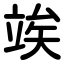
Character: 竢